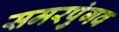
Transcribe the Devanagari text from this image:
समरपुंगव